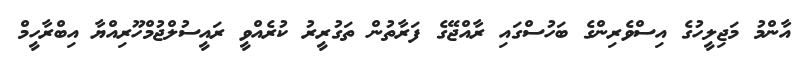
އާންމު މަޖިލީހުގެ އިސްވެރިންގެ ބަހުސްގައި ރާއްޖޭގެ ފަރާތުން ތަގުރީރު ކުރެއްވީ ރައީސުލްޖުމްހޫރިއްޔާ އިބްރާހީމް